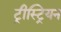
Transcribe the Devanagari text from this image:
ट्रीस्ट्रियन